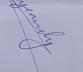
Signature authenticity: genuine